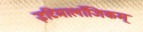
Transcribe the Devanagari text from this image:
इटिमालाँजिकम्